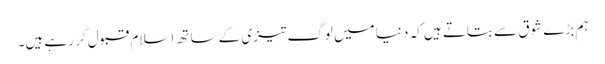
ہم بڑے شوق سے بتاتے ہیں کہ دنیا میں لوگ تیزی کے ساتھ اسلام قبول کر رہے ہیں۔